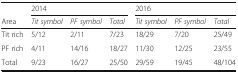
<table><thead><tr><td></td><td colspan="3"><b>2014</b></td><td colspan="3"><b>2016</b></td></tr><tr><td><b>Area</b></td><td><b><i>Tit symbol</i></b></td><td><b><i>PF symbol</i></b></td><td><b><i>Total</i></b></td><td><b><i>Tit symbol</i></b></td><td><b><i>PF symbol</i></b></td><td><b><i>Total</i></b></td></tr></thead><tbody><tr><td>Tit rich</td><td>5/12</td><td>2/11</td><td>7/23</td><td>18/29</td><td>7/20</td><td>25/49</td></tr><tr><td>PF rich</td><td>4/11</td><td>14/16</td><td>18/27</td><td>11/30</td><td>12/25</td><td>23/55</td></tr><tr><td>Total</td><td>9/23</td><td>16/27</td><td>25/50</td><td>29/59</td><td>19/45</td><td>48/104</td></tr></tbody></table>